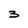
Character: 3